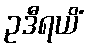
ဥဒီရယိံ